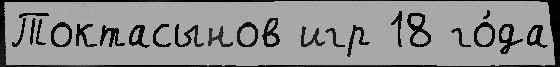
Токтасынов игр 18 го́да